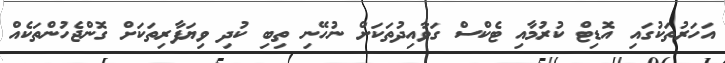
އަހަރުތަކުގައި އޮޑިޓް ކުރުމާއި ޓެކްސް ގަވާއިދުތަކަށް ނުހޭނި ތިބި ކުދި ވިޔަފާރިތަކަށް ގޮންޖެހުންތަކެއް